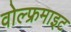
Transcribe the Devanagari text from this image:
वोल्फ्रमाइट